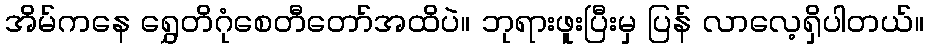
အိမ်ကနေ ရွှေတိဂုံစေတီတော်အထိပဲ။ ဘုရားဖူးပြီးမှ ပြန် လာလေ့ရှိပါတယ်။